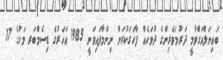
ބައިނަލްއަގްވާމީ ދަރުމަވެރިންގެ ދުވަހެއް ފާހަގަކުރަން ނިންމާފައިވަނީ 1985 އަހަރުގެ ޑިސެމްބަރ މަހުގެ 17